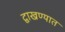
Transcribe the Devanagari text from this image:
द्वाखण्यात